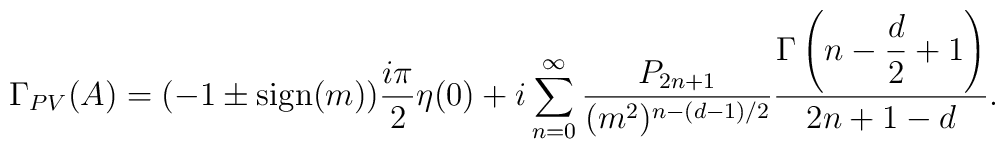
\Gamma_{PV}(A)=(-1\pm{\rm sign}(m))\frac{i\pi}{2}\eta(0)+i\sum_{n=0}^\infty \frac{P_{2n+1}}{(m^2)^{n-(d-1)/2}}\frac{\Gamma\left(n-\displaystyle{\frac{d}{2}}+1\right)}{2n+1-d}.